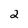
Character: 2